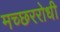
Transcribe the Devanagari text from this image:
मच्छररोधी